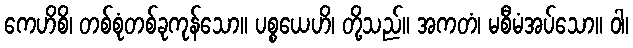
ကေဟိစိ၊ တစ်စုံတစ်ခုကုန်သော။ ပစ္စယေဟိ၊ တို့သည်။ အကတံ၊ မစီမံအပ်သော။ ဝါ၊